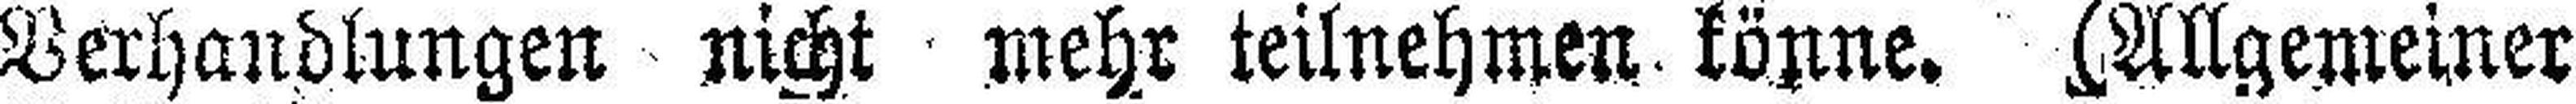
Verhandlungen nicht mehr teilnehmen könne. (Allgemeiner